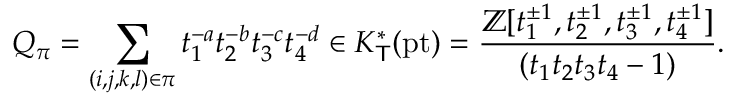
Q _ { \pi } = \sum _ { ( i , j , k , l ) \in \pi } t _ { 1 } ^ { - a } t _ { 2 } ^ { - b } t _ { 3 } ^ { - c } t _ { 4 } ^ { - d } \in K _ { \mathsf { T } } ^ { * } ( \mathrm { p t } ) = \frac { \mathbb { Z } [ t _ { 1 } ^ { \pm 1 } , t _ { 2 } ^ { \pm 1 } , t _ { 3 } ^ { \pm 1 } , t _ { 4 } ^ { \pm 1 } ] } { ( t _ { 1 } t _ { 2 } t _ { 3 } t _ { 4 } - 1 ) } .